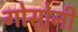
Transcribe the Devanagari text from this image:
गोसोनी